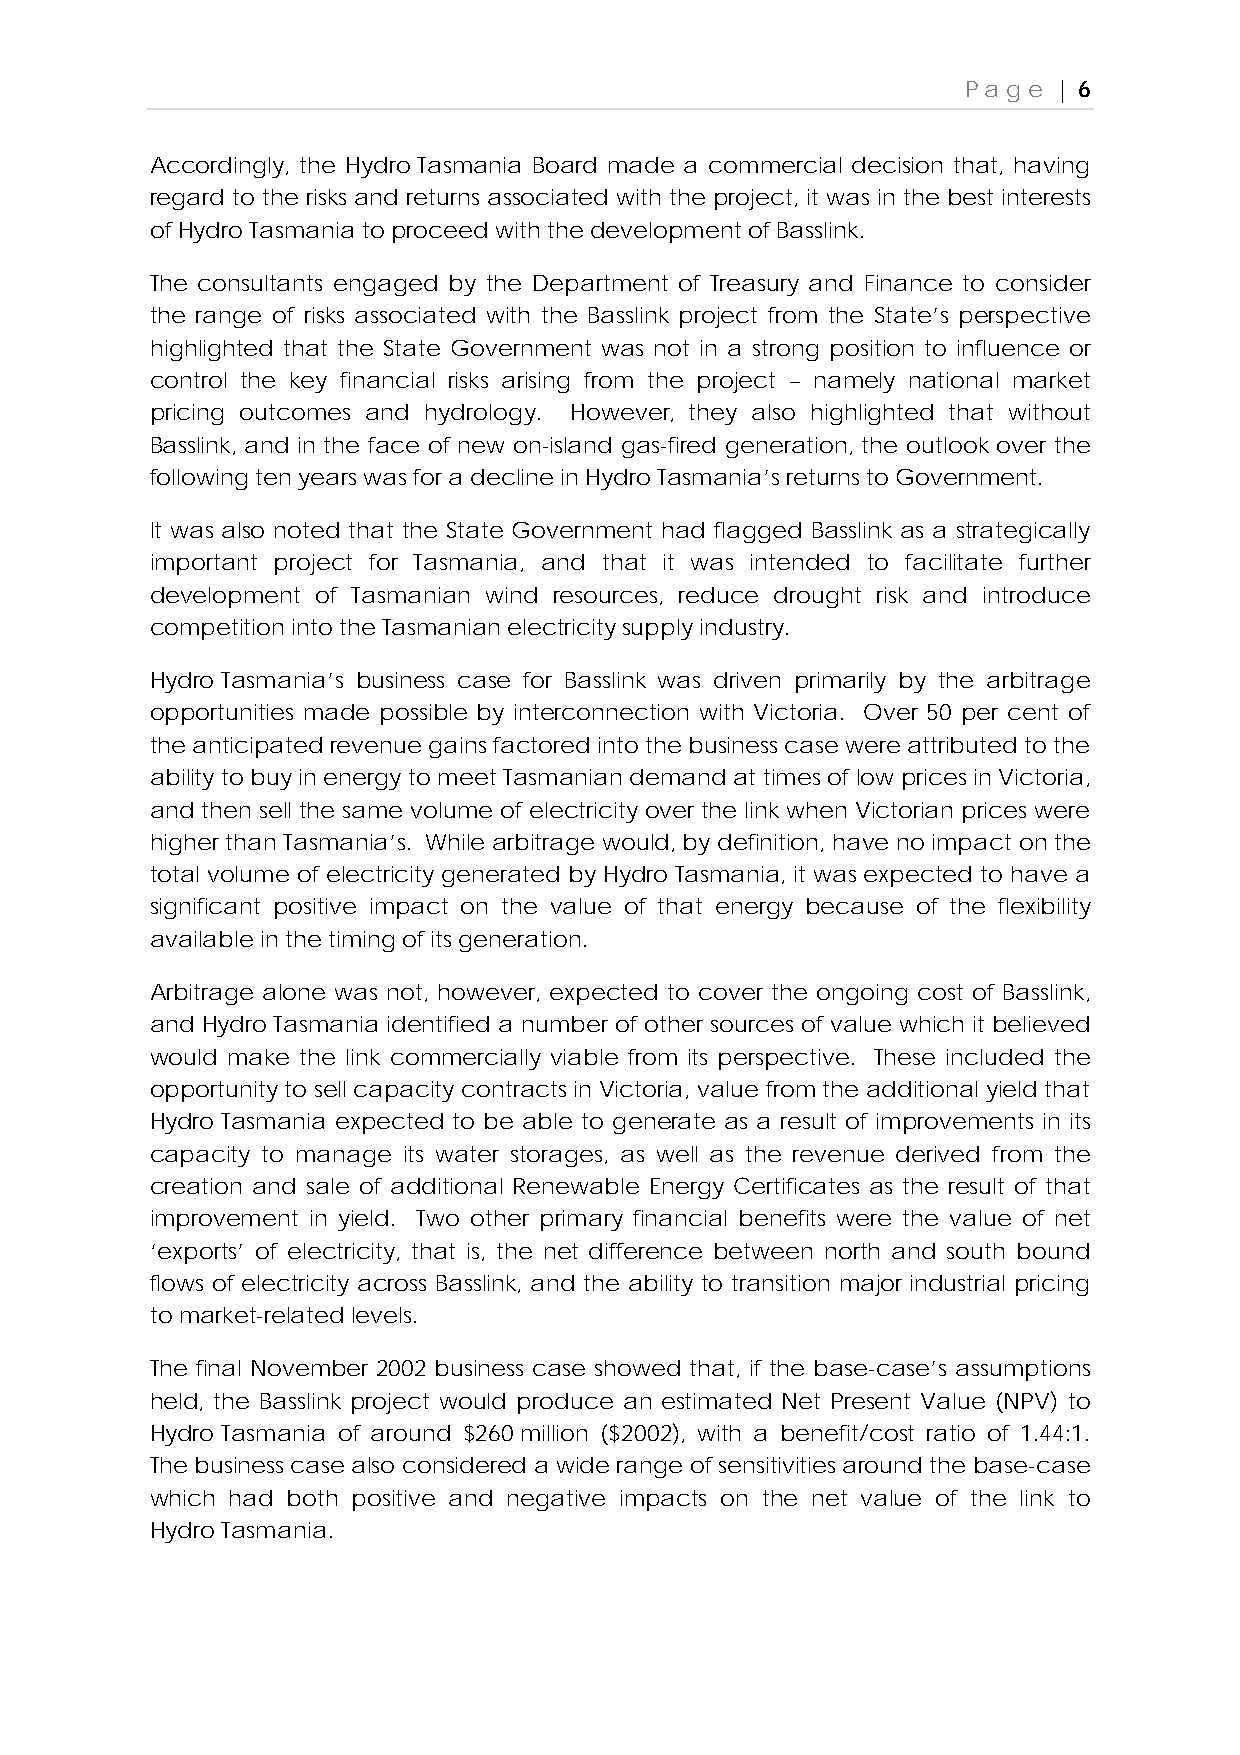
Page  | 6
 Accordingly, the Hydro Tasmania Board made a commercial decision that, having
 regard to the risks and returns associated with the project, it was in the best interests
 of Hydro Tasmania to proceed with the development of Basslink.
 The consultants engaged by the Department of Treasury and Finance to consider
 the range of risks associated with the Basslink project from the State’s perspective
 highlighted that the State Government was not in a strong position to influence or
 control the key financial risks arising from the project – namely national market
 pricing outcomes and hydrology. However, they also highlighted that without
 Basslink, and in the face of new on-island gas-fired generation, the outlook over the
 following ten years was for a decline in Hydro Tasmania’s returns to Government.
 It was also noted that the State Government had flagged Basslink as a strategically
 important project for Tasmania, and that it was intended to facilitate further
 development of Tasmanian wind resources, reduce drought risk and introduce
 competition into the Tasmanian electricity supply industry.
 Hydro Tasmania’s business case for Basslink was driven primarily by the arbitrage
 opportunities made possible by interconnection with Victoria. Over 50 per cent of
 the anticipated revenue gains factored into the business case were attributed to the
 ability to buy in energy to meet Tasmanian demand at times of low prices in Victoria,
 and then sell the same volume of electricity over the link when Victorian prices were
 higher than Tasmania’s. While arbitrage would, by definition, have no impact on the
 total volume of electricity generated by Hydro Tasmania, it was expected to have a
 significant positive impact on the value of that energy because of the flexibility
 available in the timing of its generation.
 Arbitrage alone was not, however, expected to cover the ongoing cost of Basslink,
 and Hydro Tasmania identified a number of other sources of value which it believed
 would make the link commercially viable from its perspective. These included the
 opportunity to sell capacity contracts in Victoria, value from the additional yield that
 Hydro Tasmania expected to be able to generate as a result of improvements in its
 capacity to manage its water storages, as well as the revenue derived from the
 creation and sale of additional Renewable Energy Certificates as the result of that
 improvement in yield. Two other primary financial benefits were the value of net
 ‘exports’ of electricity, that is, the net difference between north and south bound
 flows of electricity across Basslink, and the ability to transition major industrial pricing
 to market-related levels.
 The final November 2002 business case showed that, if the base-case’s assumptions
 held, the Basslink project would produce an estimated Net Present Value (NPV) to
 Hydro Tasmania of around $260 million ($2002), with a benefit/cost ratio of 1.44:1.
 The business case also considered a wide range of sensitivities around the base-case
 which had both positive and negative impacts on the net value of the link to
 Hydro Tasmania.